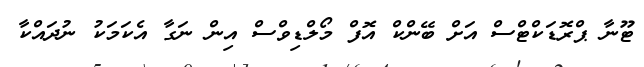
ޓޫނާ ޕްރޮޑަކްޓްސް އަށް ބޭންކް އޮފް މޯލްޑިވްސް އިން ނަގާ އެކަމަކު ނުދައްކާ